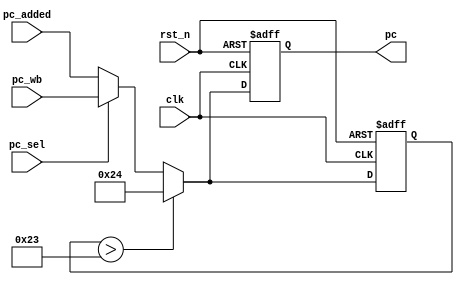
module PC (
    input clk, rst_n, pc_sel,
    input [31:0] pc_wb,
    input [31:0] pc_added,
    output reg [31:0] pc
);  
    reg [31:0] pc_next;
    always @(posedge clk or negedge rst_n) begin
        if(!rst_n) begin
            pc_next = 32'h00000000;
        end
        else if(pc_next > 32'h00000023) begin
            pc_next = 32'h00000024;
        end
        else begin
            if(pc_sel) begin
                pc_next = pc_wb;
            end
            else begin
                pc_next = pc_added;
            end
        end
        pc = pc_next;
    end
endmodule